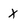
Character: x